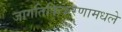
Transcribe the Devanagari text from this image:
जागतिकिकरणामधले